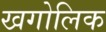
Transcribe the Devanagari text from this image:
खगोलिक